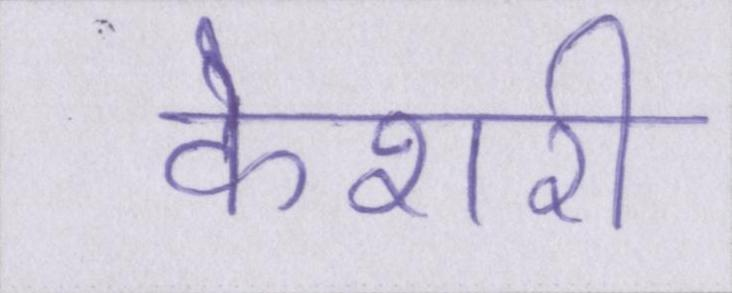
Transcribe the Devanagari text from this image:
केशरी